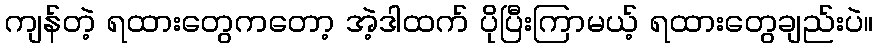
ကျန်တဲ့ ရထားတွေကတော့ အဲ့ဒါထက် ပိုပြီးကြာမယ့် ရထားတွေချည်းပဲ။